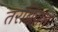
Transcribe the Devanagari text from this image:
तरबियत